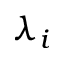
\lambda _ { i }